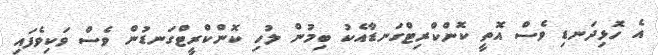
އެ ހޮޅިދަނޑި ވެސް އޮތީ ކޮންކްރިޓްގަނޑާއެކު ބިމުން ލުހި ކޮންކްރީޓްގަނޑުން ވެސް ވަކިވެފައި